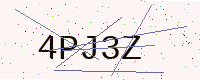
Text: 4PJ3Z